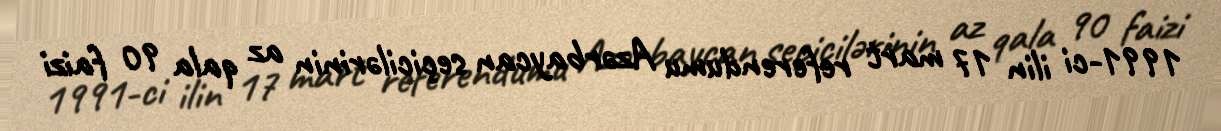
1991-ci ilin 17 mart referendumu Azərbaycan seçicilərinin az qala 90 faizi